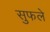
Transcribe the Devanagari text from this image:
सुफले